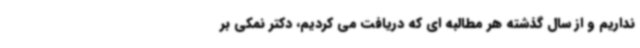
نداریم و از سال گذشته هر مطالبه ای که دریافت می کردیم، دکتر نمکی بر